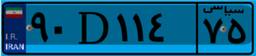
۹۰D۱۱۴۷۵